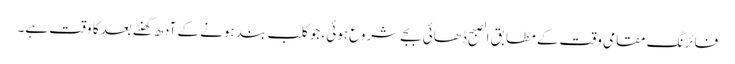
فائرنگ مقامی وقت کے مطابق الصبح ڈھائی بجے شروع ہوئی، جو کلب بند ہونے کے آدھ گھنٹے بعد کا وقت ہے۔